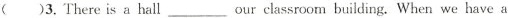
()3.There is a hall___our classroom building. When we have a